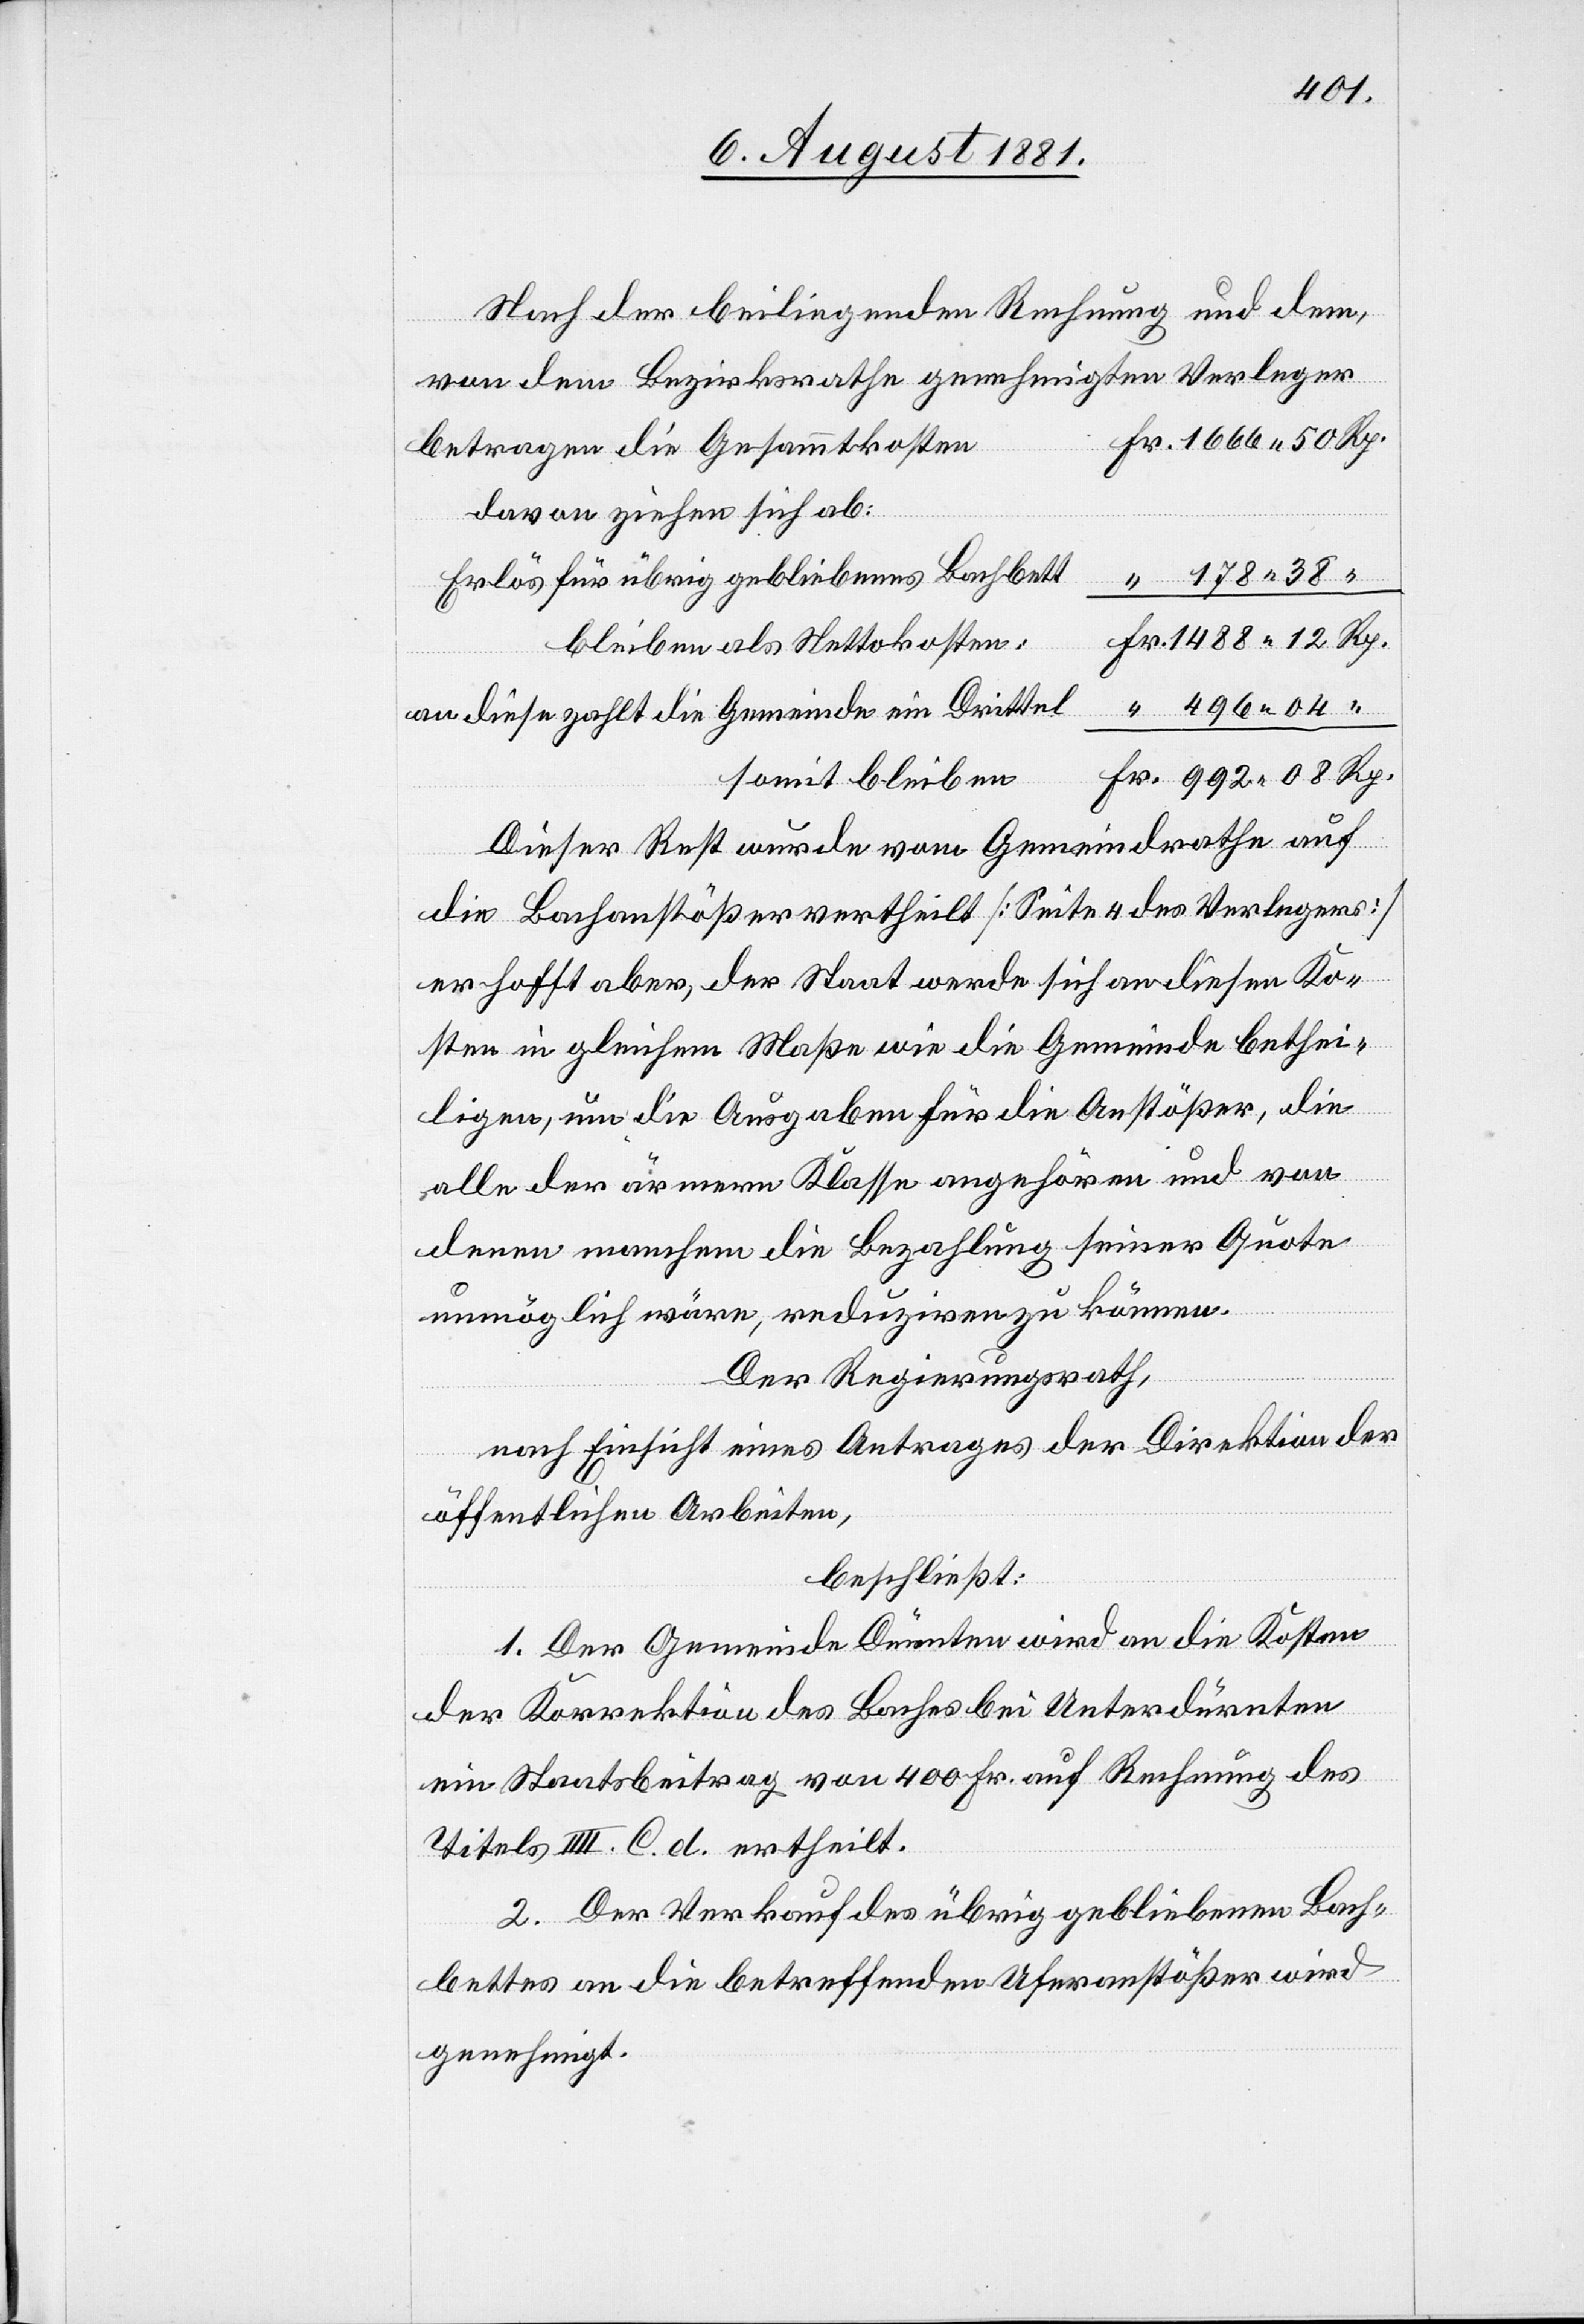
Nach der beiliegenden Rechnung und dem
von dem Bezirksrathe genehmigten Verleger
betragen die Gesammtkosten
davon ziehen sich ab:
Erlös für übrig gebliebenes Bachbett
bleiben als Nettokosten:
an diese zahlt die Gemeinde ein Drittel
somit bleiben
Dieser Rest wurde vom Gemeindrathe auf
die Bachanstößer vertheilt [Seite 4 des Verlegers]
er hofft aber, der Staat werde sich an die Gem¬
eiligen, um die Ausgaben für die Anstößer, die
alle der ärmern Klasse angehören und von
denen manchem die Bezahlung seiner Quote
unmöglich wäre, reduziren zu können.
Der Regierungsrath,
nach Einsicht eines Antrages der Direktion der
öffentlichen Arbeiten,
beschließt:
1. Der Gemeinde Dürnten wird an die Kosten
der Korrektion des Baches bei Unterdürnten
ein Staatsbeitrag von 400 Fr. auf Rechnung des
Titels III. C. d. ertheilt.
2. Der Verkauf des übrig gebliebenen Bach¬
bettes an die betreffenden Uferanstößer wird
genehmigt.

th¬